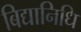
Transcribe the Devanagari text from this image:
बिद्यानिधि